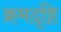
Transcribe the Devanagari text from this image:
क्रमदृष्टि